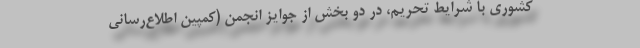
کشوری با شرایط تحریم، در دو بخش از جوایز انجمن (کمپین اطلاع‌رسانی